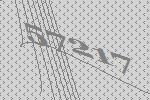
57217